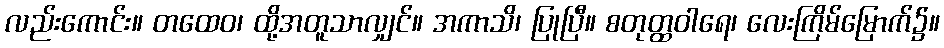
လည်းကောင်း။ တထေဝ၊ ထို့အတူသာလျှင်။ အကာသိ၊ ပြုပြီ။ စတုတ္ထဝါရေ၊ လေးကြိမ်မြောက်၌။